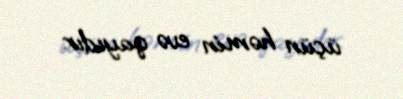
üçün həmin evə qayıdır.